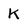
Character: K